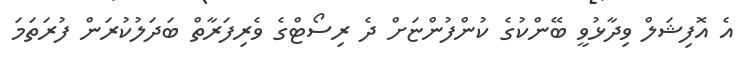
އެ އޮފިޝަލް ވިދާޅުވީ ބޭންކުގެ ކުންފުންޏަށް ދެ ރިސޯޓްގެ ވެރިފަރާތް ބަދަލުކުރަން ފުރަތަމަ